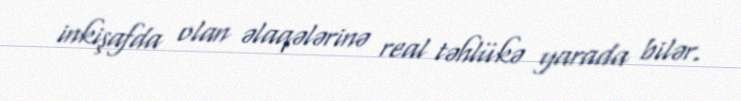
inkişafda olan əlaqələrinə real təhlükə yarada bilər.